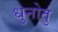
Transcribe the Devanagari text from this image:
धुनोतु